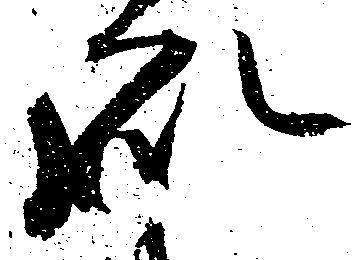
処